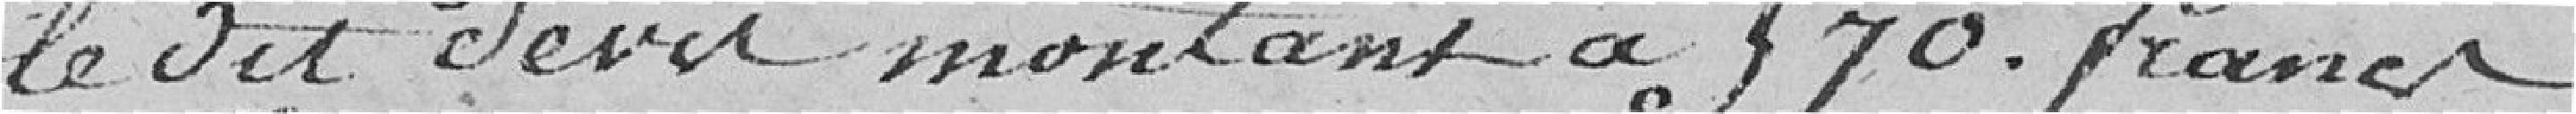
le dit devis montant à 570 francs.